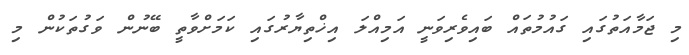
މި ޖަމާއަތުގައި ގައުމުތައް ބައިވެރިވަނީ އަމިއްލަ އިޚްތިޔާރުގައި ކަމަށްވާތީ ބޭނުން ވަގުތަކުން މި